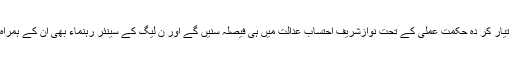
پارٹی کی تیار کر دہ حکمت عملی کے تحت نوازشریف احتساب عدالت میں ہی فیصلہ سنیں گے اور ن لیگ کے سینئر رہنماء بھی ان کے ہمراہ ہوں گے۔